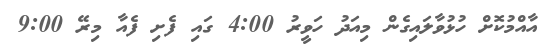
އާއްމުކޮށް ހުޅުވާލައިގެން މިއަދު ހަވީރު 4:00 ގައި ފެށި ފެއާ މިރޭ 9:00